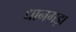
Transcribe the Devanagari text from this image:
धानगड़ा